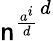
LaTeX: {\mathsf{n}^{\frac{{a^{i}}}{{d}}}}^{d}